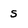
Character: s